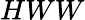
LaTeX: HWW